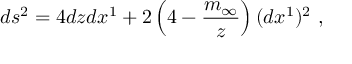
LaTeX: d s ^ { 2 } = 4 d z d x ^ { 1 } + 2 \left( 4 - \frac { m _ { \infty } } { z } \right) ( d x ^ { 1 } ) ^ { 2 } \ ,